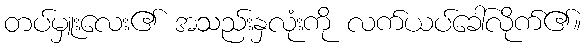
တပ်မှူးလေး၏ အသည်းနှလုံးကို လက်ယပ်ခေါ်လိုက်၏။